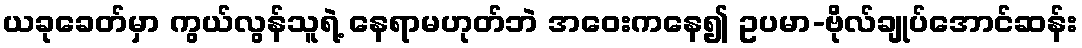
ယခုခေတ်မှာ ကွယ်လွန်သူရဲ့ နေရာမဟုတ်ဘဲ အဝေးကနေ၍ ဥပမာ-ဗိုလ်ချုပ်အောင်ဆန်း